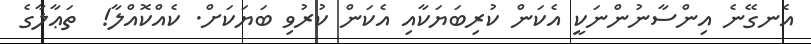
އެނގޭނެ އިންސާނުންނަކީ އެކަން ކުރިބަޔަކާއި އެކަން ކުރުވި ބަޔަކަށް. ކެއްކޮއްލާ!  ތަޢާލާގެ